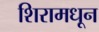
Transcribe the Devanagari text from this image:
शिरामधून